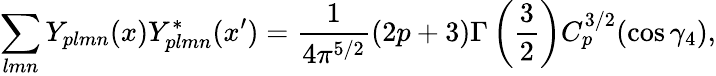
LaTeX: \sum_{lmn}Y_{plmn}(x)Y_{plmn}^{*}(x^{\prime})=\frac{1}{4\pi^{5/2}}(2p+3)\Gamma\left(\frac{3}{2}\right)C_{p}^{3/2}(\cos\gamma_{4}),